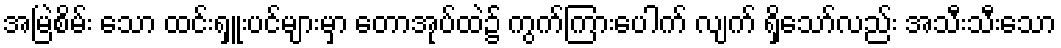
အမြဲစိမ်း သော ထင်းရှူးပင်များမှာ တောအုပ်ထဲ၌ ကွက်ကြားပေါက် လျက် ရှိသော်လည်း အသီးသီးသော